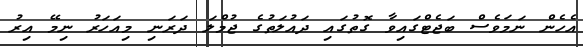
އެހެން ނަމަވެސް ބަޖެޓްގައިވާ ގޮތުގައި ދައުލަތުގެ ޖުމްލަ ދަރަނި މިއަހަރު ނިމޭ އިރު